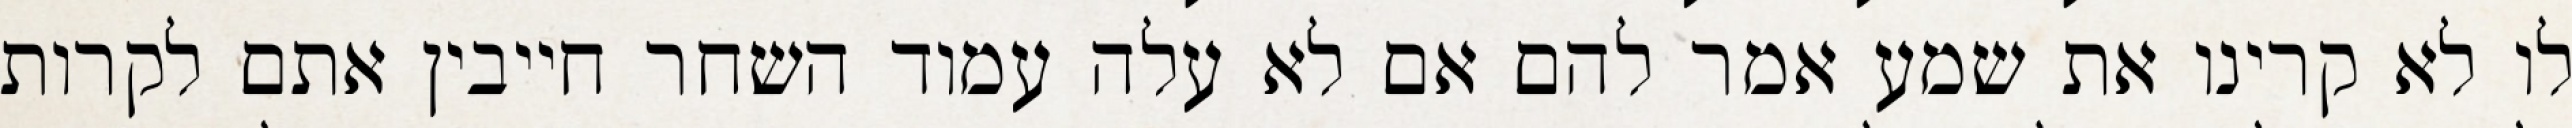
לו לא קרינו את שמע אמר להם אם לא עלה עמוד השחר חייבין אתם לקרות